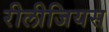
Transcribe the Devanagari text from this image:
रीलीजियस